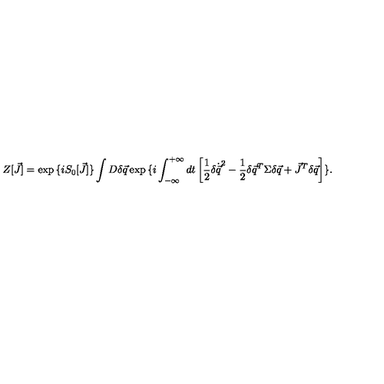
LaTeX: Z [ \vec { J } ] = \exp { \{ i S _ { 0 } [ \vec { J } ] \} } \int D \delta \vec { q } \exp { \{ i \int _ { - \infty } ^ { + \infty } d t \left[ \frac { 1 } { 2 } \delta \dot { \vec { q } } ^ { 2 } - \frac { 1 } { 2 } \delta \vec { q } ^ { T } \Sigma \delta \vec { q } + \vec { J } ^ { T } \delta \vec { q } \right] \} } .